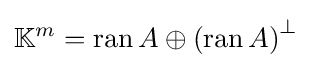
\mathbb {K} ^{m}=\operatorname {ran} A\oplus \left(\operatorname {ran} A\right)^{\perp }